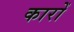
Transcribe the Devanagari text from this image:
कारोँ